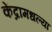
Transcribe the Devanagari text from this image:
केंद्रामधल्या